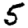
Digit: 5